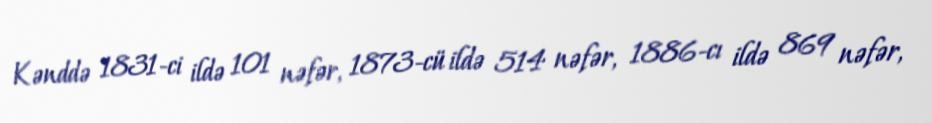
Kənddə 1831-ci ildə 101 nəfər, 1873-cü ildə 514 nəfər, 1886-cı ildə 869 nəfər,